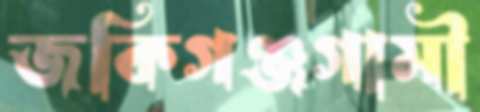
জকিগঞ্জগামী